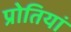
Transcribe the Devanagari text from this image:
प्रोतियां